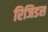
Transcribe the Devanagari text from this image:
रिजिडस